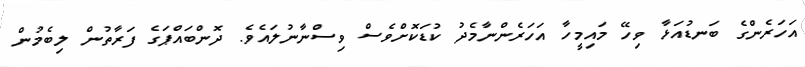
އަހަރެންގެ ބަނޑުއަޅާ ވިހޭ މައިމީހާ އަހަރެންނާމެދު ކުޑަކޮށްވެސް ވިސްނާނުލައެވެ. ދޮންބައްޕަގެ ފަރާތުން ލިބެމުން